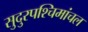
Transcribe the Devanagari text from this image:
सुदुरपश्चिमांचल